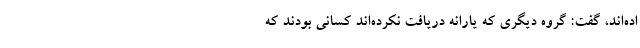
اده‌اند، گفت: گروه دیگری که یارانه دریافت نکرده‌اند کسانی بودند که